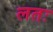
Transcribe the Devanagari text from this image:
लतः